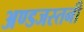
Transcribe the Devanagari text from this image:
अण्डजस्तनी